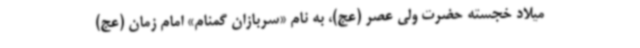
میلاد خجسته حضرت ولی عصر (عج)، به نام «سربازان گمنام» امام زمان (عج)